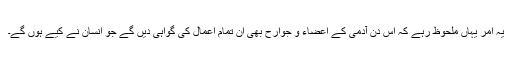
یہ امر یہاں ملحوظ رہے کہ اس دن آدمی کے اعضاء و جوارح بھی ان تمام اعمال کی گواہی دیں گے جو انسان نے کیے ہوں گے۔